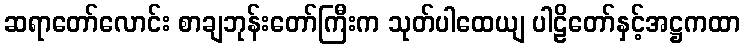
ဆရာတော်လောင်း စာချဘုန်းတော်ကြီးက သုတ်ပါထေယျ ပါဠိတော်နှင့်အဋ္ဌကထာ